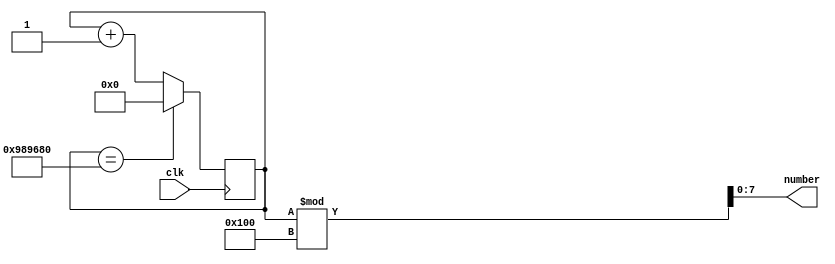

//////////////////////////////////////////////////////////////////////////////////
// Company: 
// Engineer: 
// 
// Design Name: 
// Module Name: RNG
// Project Name: 
// Target Devices: 
// Tool Versions: 
// Description: 
// 
// Dependencies: 
// 
// Revision:
// Revision 0.01 - File Created
// Additional Comments:
// 
//////////////////////////////////////////////////////////////////////////////////


module RNG(
    
    output reg [7:0] number,
    input clk
    
    );
  
  reg [25:0] state;

        always@(posedge clk)
            begin
            if(state==10000000) state<=0;
            else state <= state+1;
            end
                
        always@(state)
            number <= (state % 256);
    endmodule